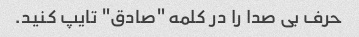
حرف بی صدا را در کلمه "صادق" تایپ کنید.